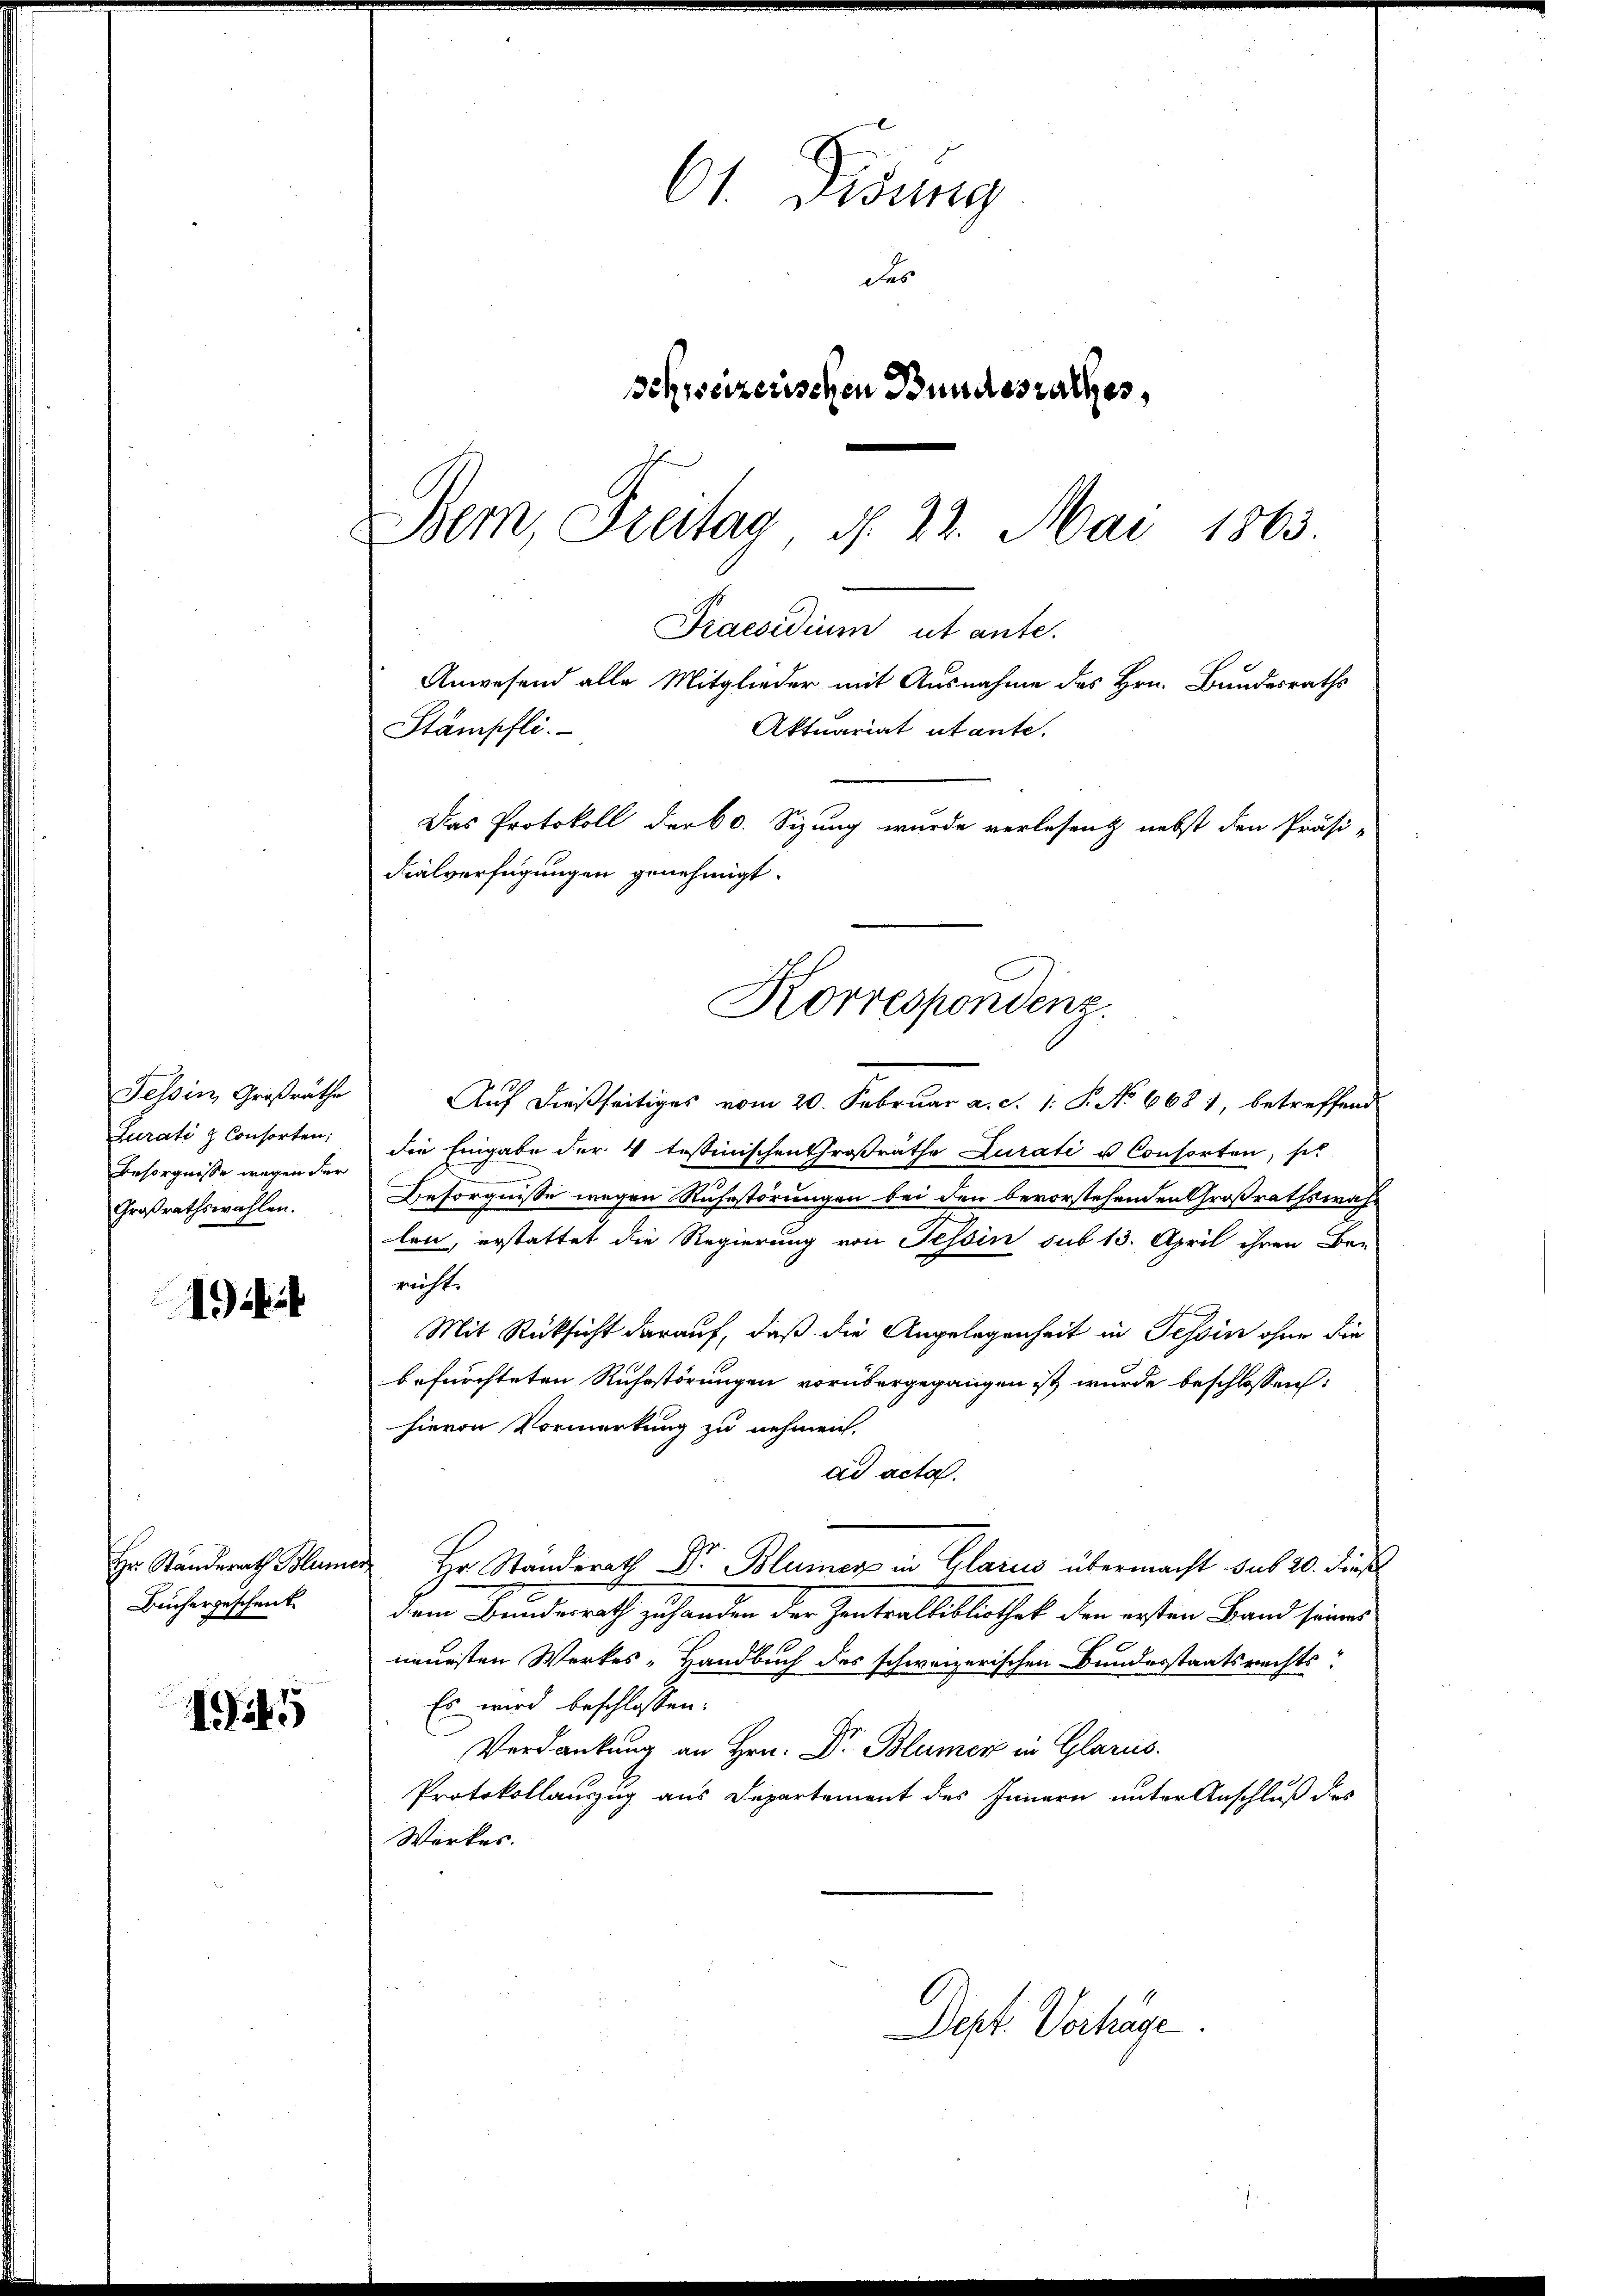
Tessin, Großräthe
Zurati & Consorten;
Besorgnisse wegen der
Großrathswahlen.

1944

Hr. Standerath Blume
Büchergeschenk

145

61. Disung
des
schweizerischen Bundesrathes,
Bem, Freitag d. 22. Mai 1863.

Auf dießseitiges vom 20. Februar a. c. 1. P. No 668), betreffend
die Eingabe der 4 testimischen Großrathe Curati u Consorten, si
Besorgnisse wegen Ruhestörungen bei den bevorstehenden Großrathswah-
len, erstattet die Regierung von Tessin sub 13. April ihren Be-
richt.
Mit Rücksicht darauf, daß die Angelegenheit in Tessin ohne die
befürchteten Ruhestörungen vorübergegangen ist, wurde beschlossen:
hievon Vormerkung zu nehmen.
ad acta.
Hr. Standerath Dr. Blumer in Glarus übermacht sub 20. dieß
dem Bundesrath zuhanden der Zentralbibliothek den ersten Band seines
neuesten Werkes - Handbuch des schweizerischen Bundesstaatsrechts-
Es wird beschlossen:
Verdankung an Hrn. Dr. Blümer in Glarus.
Protokollauszug aus Departement des Innern unter Anschluß des
Werkes.

Stämpfli
Das Protokoll der 60. Sizung wurde verlesen nebst den Präsi-
dialverfügungen genehmigt.
Korrespondenz.

Praesidium ut ante.

Anwesend alle Mitglieder mit Ausnahme des Hrn. Bundesraths
Aktuariat utante.

Dept. Verhäge